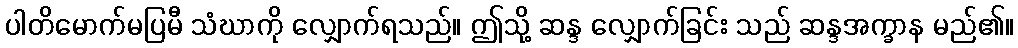
ပါတိမောက်မပြမီ သံဃာကို လျှောက်ရသည်။ ဤသို့ ဆန္ဒ လျှောက်ခြင်း သည် ဆန္ဒအက္ခာန မည်၏။